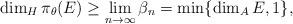
LaTeX: \begin{align*}\dim_H \pi_{\theta}(E)\geq \lim_{n\to\infty}\beta_n = \min\{\dim_A E,1\},\end{align*}